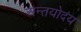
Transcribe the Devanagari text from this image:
अन्तयोदय